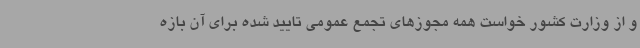
و از وزارت کشور خواست همه مجوزهای تجمع عمومی تایید شده برای آن بازه